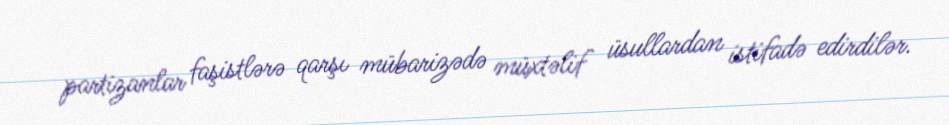
partizanlar faşistlərə qarşı mübarizədə müxtəlif üsullardan istifadə edirdilər.